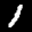
Label: 1